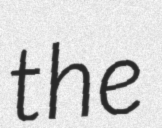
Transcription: the